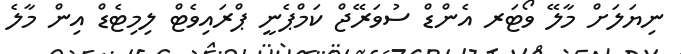
ނިޔަލަށް މާލޭ ވޯޓަރ އެންޑް ސުވަރޭޖް ކަމްޕެނީ ޕްރައިވެޓް ލިމިޓެޑް އިން މާލެ